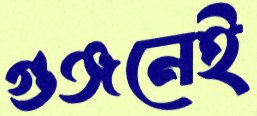
গুঞ্জনেই